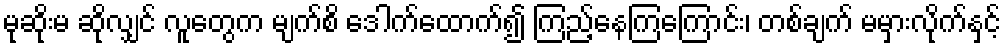
မုဆိုးမ ဆိုလျှင် လူတွေက မျက်စိ ဒေါက်ထောက်၍ ကြည့်နေကြကြောင်း၊ တစ်ချက် မမှားလိုက်နှင့်